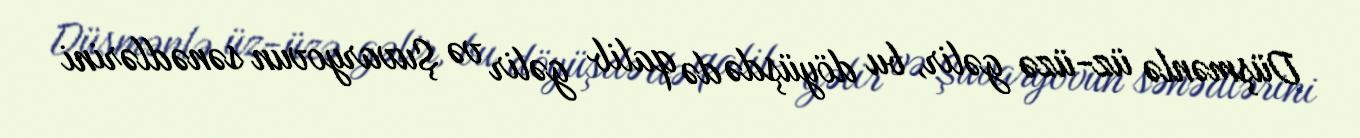
Düşmənlə üz-üzə gəlir, bu döyüşdə də qalib gəlir və Şuvaryovun sənədlərini